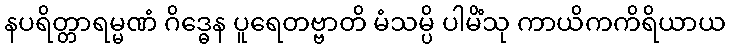
နပရိတ္တာရမ္မဏံ ဂိဒ္ဓေန ပူရေတဗ္ဗာတိ မံသမ္ပိ ပါမိံသု ကာယိကကိရိယာယ